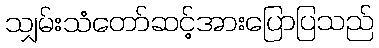
သျှမ်းသံတော်ဆင့်အားပြောပြသည်